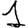
Digit: 1